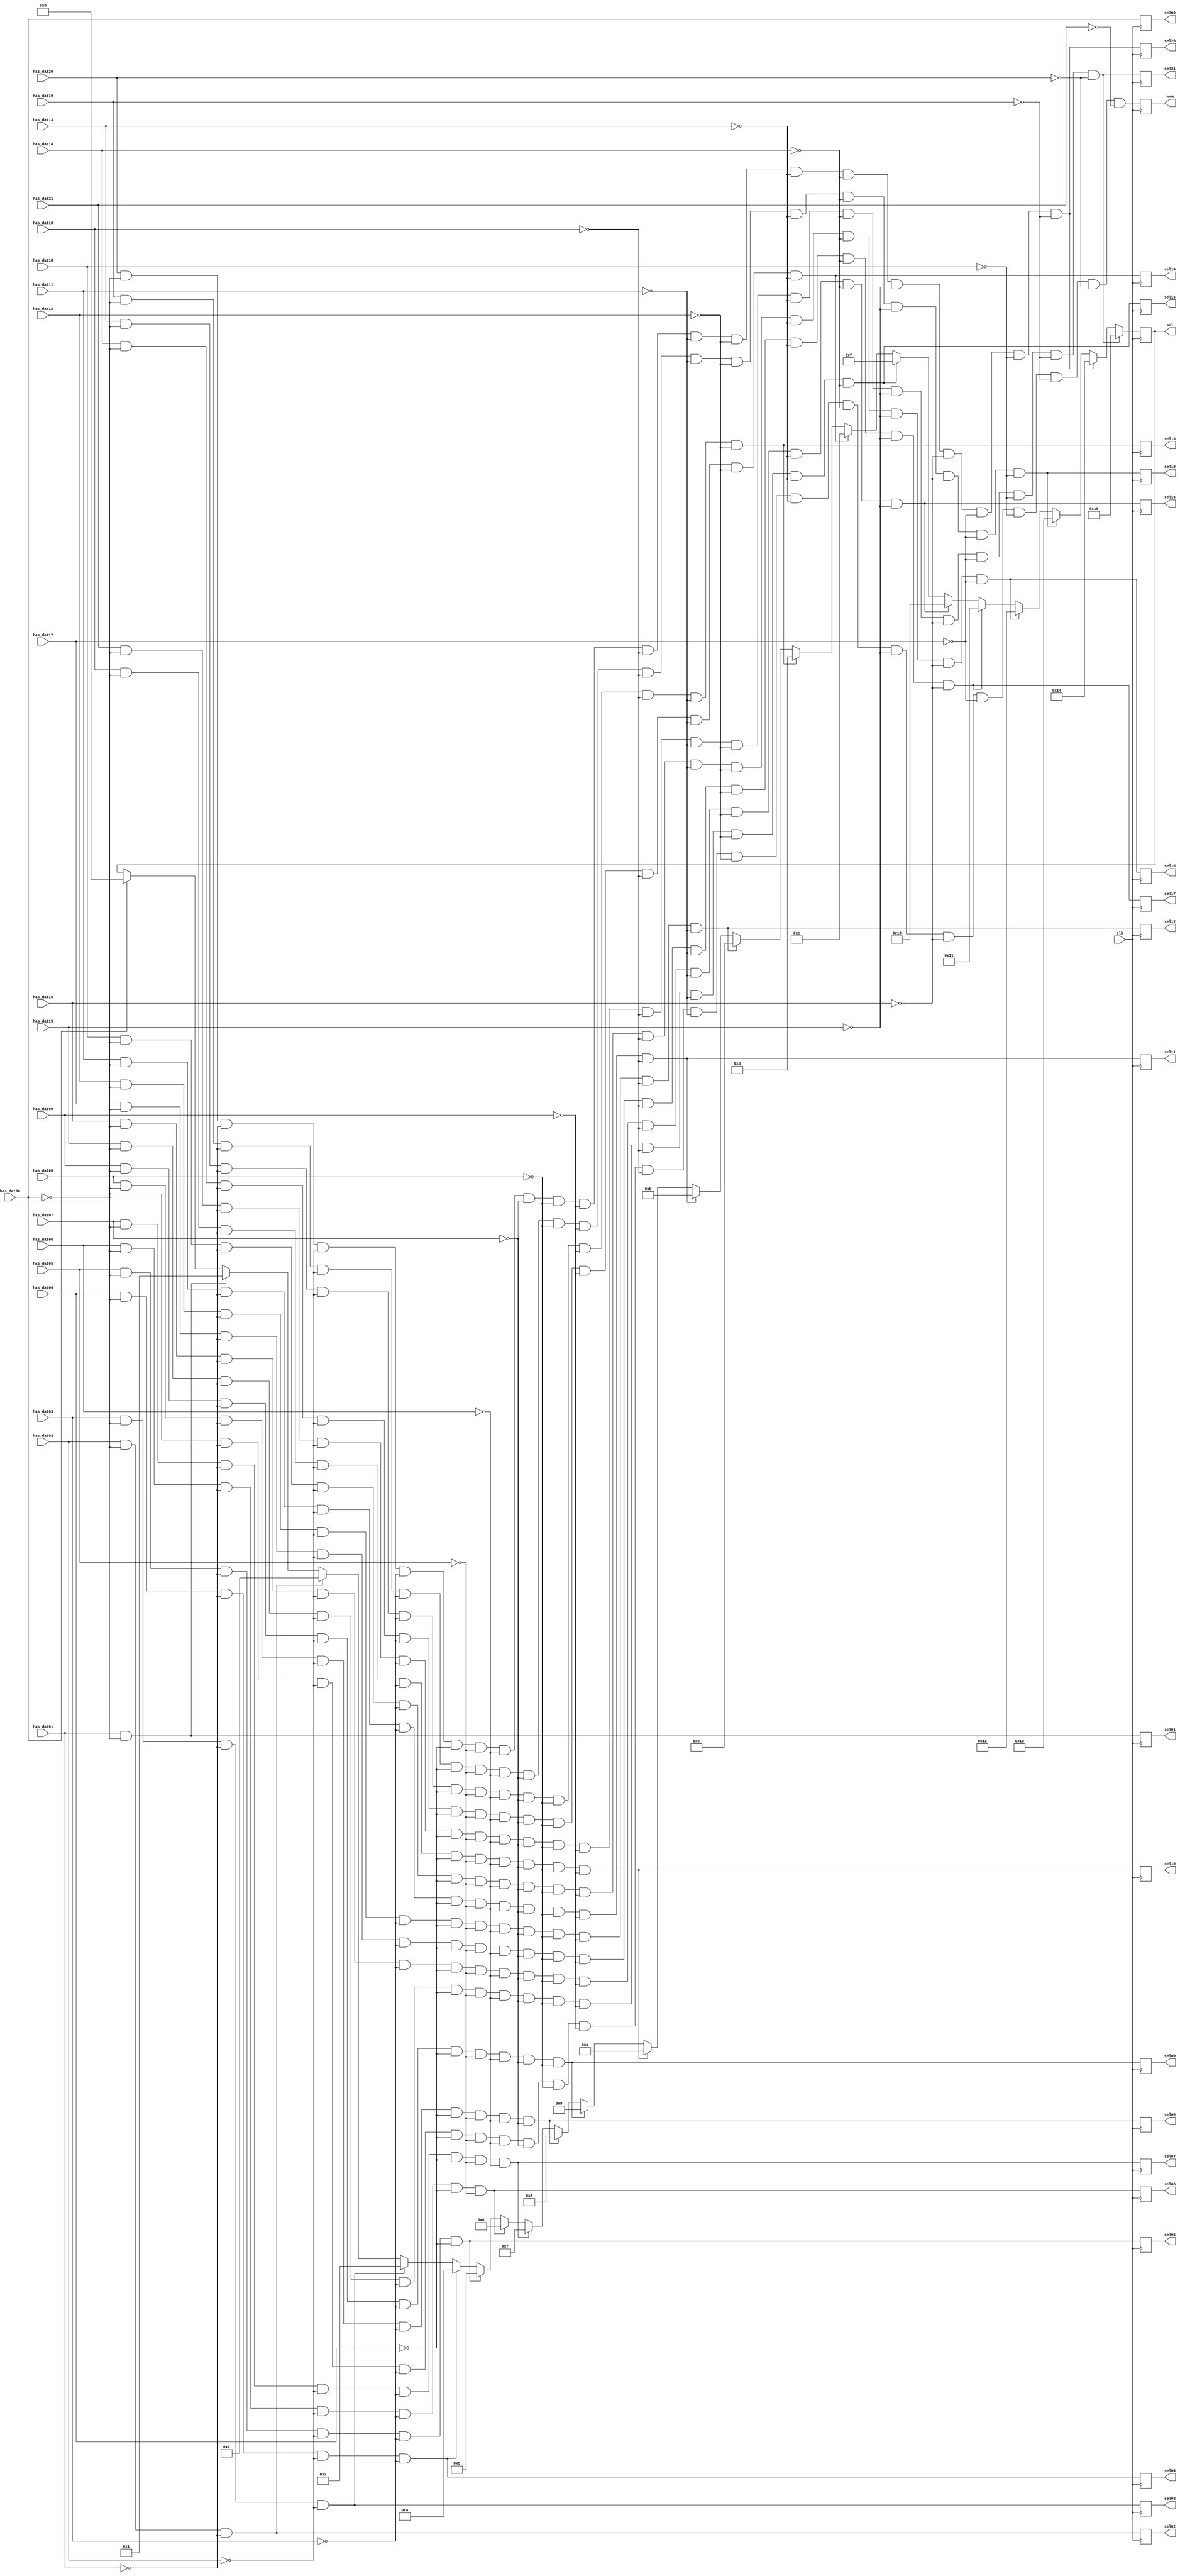
// Priority encoder to choose the next memory block that contains data. It
// skips over empty blocks.

`timescale 1ns / 1ps

module prio_encoder(
    // Inputs:
    input clk,
    input has_dat00,
    input has_dat01,
    input has_dat02,
    input has_dat03,
    input has_dat04,
    input has_dat05,
    input has_dat06,
    input has_dat07,
    input has_dat08,
    input has_dat09,
    input has_dat10,
    input has_dat11,
    input has_dat12,
    input has_dat13,
    input has_dat14,
    input has_dat15,
    input has_dat16,
    input has_dat17,
    input has_dat18,
    input has_dat19,
    input has_dat20,
    input has_dat21,
//    input has_dat22,
    // Outputs:
    output reg sel00,
    output reg sel01,
    output reg sel02,
    output reg sel03,
    output reg sel04,
    output reg sel05,
    output reg sel06,
    output reg sel07,
    output reg sel08,
    output reg sel09,
    output reg sel10,
    output reg sel11,
    output reg sel12,
    output reg sel13,
    output reg sel14,
    output reg sel15,
    output reg sel16,
    output reg sel17,
    output reg sel18,
    output reg sel19,
    output reg sel20,
    output reg sel21,
//    output reg sel22,
    output reg [4:0] sel,   // binary encoded
    output reg none
);

//////////////////////////////////////////////////////////////////////////
// Implement a registered priority encoder
// The '00' input has the highest priority

wire wsel00, wsel01, wsel02, wsel03, wsel04, wsel05, wsel06, wsel07, wsel08, wsel09, wsel10, wsel11, wsel12, wsel13, wsel14, wsel15, wsel16, wsel17, wsel18, wsel19, wsel20, wsel21, wsel22;
assign wsel00 = has_dat00;
assign wsel01 = has_dat01 & !has_dat00;
assign wsel02 = has_dat02 & !has_dat00 & !has_dat01;
assign wsel03 = has_dat03 & !has_dat00 & !has_dat01 & !has_dat02;
assign wsel04 = has_dat04 & !has_dat00 & !has_dat01 & !has_dat02 & !has_dat03;
assign wsel05 = has_dat05 & !has_dat00 & !has_dat01 & !has_dat02 & !has_dat03 & !has_dat04;
assign wsel06 = has_dat06 & !has_dat00 & !has_dat01 & !has_dat02 & !has_dat03 & !has_dat04 & !has_dat05;
assign wsel07 = has_dat07 & !has_dat00 & !has_dat01 & !has_dat02 & !has_dat03 & !has_dat04 & !has_dat05 & !has_dat06;
assign wsel08 = has_dat08 & !has_dat00 & !has_dat01 & !has_dat02 & !has_dat03 & !has_dat04 & !has_dat05 & !has_dat06 & !has_dat07;
assign wsel09 = has_dat09 & !has_dat00 & !has_dat01 & !has_dat02 & !has_dat03 & !has_dat04 & !has_dat05 & !has_dat06 & !has_dat07 & !has_dat08;
assign wsel10 = has_dat10 & !has_dat00 & !has_dat01 & !has_dat02 & !has_dat03 & !has_dat04 & !has_dat05 & !has_dat06 & !has_dat07 & !has_dat08 & !has_dat09;
assign wsel11 = has_dat11 & !has_dat00 & !has_dat01 & !has_dat02 & !has_dat03 & !has_dat04 & !has_dat05 & !has_dat06 & !has_dat07 & !has_dat08 & !has_dat09 & !has_dat10;
assign wsel12 = has_dat12 & !has_dat00 & !has_dat01 & !has_dat02 & !has_dat03 & !has_dat04 & !has_dat05 & !has_dat06 & !has_dat07 & !has_dat08 & !has_dat09 & !has_dat10 & !has_dat11;
assign wsel13 = has_dat13 & !has_dat00 & !has_dat01 & !has_dat02 & !has_dat03 & !has_dat04 & !has_dat05 & !has_dat06 & !has_dat07 & !has_dat08 & !has_dat09 & !has_dat10 & !has_dat11 & !has_dat12;
assign wsel14 = has_dat14 & !has_dat00 & !has_dat01 & !has_dat02 & !has_dat03 & !has_dat04 & !has_dat05 & !has_dat06 & !has_dat07 & !has_dat08 & !has_dat09 & !has_dat10 & !has_dat11 & !has_dat12 & !has_dat13;
assign wsel15 = has_dat15 & !has_dat00 & !has_dat01 & !has_dat02 & !has_dat03 & !has_dat04 & !has_dat05 & !has_dat06 & !has_dat07 & !has_dat08 & !has_dat09 & !has_dat10 & !has_dat11 & !has_dat12 & !has_dat13 & !has_dat14;
assign wsel16 = has_dat16 & !has_dat00 & !has_dat01 & !has_dat02 & !has_dat03 & !has_dat04 & !has_dat05 & !has_dat06 & !has_dat07 & !has_dat08 & !has_dat09 & !has_dat10 & !has_dat11 & !has_dat12 & !has_dat13 & !has_dat14 & !has_dat15;
assign wsel17 = has_dat17 & !has_dat00 & !has_dat01 & !has_dat02 & !has_dat03 & !has_dat04 & !has_dat05 & !has_dat06 & !has_dat07 & !has_dat08 & !has_dat09 & !has_dat10 & !has_dat11 & !has_dat12 & !has_dat13 & !has_dat14 & !has_dat15 & !has_dat16;

assign wsel18 = has_dat18 & !has_dat00 & !has_dat01 & !has_dat02 & !has_dat03 & !has_dat04 & !has_dat05 & !has_dat06 & !has_dat07 & !has_dat08 & !has_dat09 & !has_dat10 & !has_dat11 & !has_dat12 & !has_dat13 & !has_dat14 & !has_dat15 & !has_dat16 & !has_dat17;
assign wsel19 = has_dat19 & !has_dat00 & !has_dat01 & !has_dat02 & !has_dat03 & !has_dat04 & !has_dat05 & !has_dat06 & !has_dat07 & !has_dat08 & !has_dat09 & !has_dat10 & !has_dat11 & !has_dat12 & !has_dat13 & !has_dat14 & !has_dat15 & !has_dat16 & !has_dat17 & !has_dat18;
assign wsel20 = has_dat20 & !has_dat00 & !has_dat01 & !has_dat02 & !has_dat03 & !has_dat04 & !has_dat05 & !has_dat06 & !has_dat07 & !has_dat08 & !has_dat09 & !has_dat10 & !has_dat11 & !has_dat12 & !has_dat13 & !has_dat14 & !has_dat15 & !has_dat16 & !has_dat17 & !has_dat18 & !has_dat19;
assign wsel21 = has_dat21 & !has_dat00 & !has_dat01 & !has_dat02 & !has_dat03 & !has_dat04 & !has_dat05 & !has_dat06 & !has_dat07 & !has_dat08 & !has_dat09 & !has_dat10 & !has_dat11 & !has_dat12 & !has_dat13 & !has_dat14 & !has_dat15 & !has_dat16 & !has_dat17 & !has_dat18 & !has_dat19 & !has_dat20;
//assign wsel22 = has_dat22 & !has_dat00 & !has_dat01 & !has_dat02 & !has_dat03 & !has_dat04 & !has_dat05 & !has_dat06 & !has_dat07 & !has_dat08 & !has_dat09 & !has_dat10 & !has_dat11 & !has_dat12 & !has_dat13 & !has_dat14 & !has_dat15 & !has_dat16 & !has_dat17 & !has_dat18 & !has_dat19 & !has_dat20 & !has_dat21;


always @ (posedge clk) begin
    sel00 <= wsel00;
    sel01 <= wsel01;
    sel02 <= wsel02;
    sel03 <= wsel03;
    sel04 <= wsel04;
    sel05 <= wsel05;
    sel06 <= wsel06;
    sel07 <= wsel07;
    sel08 <= wsel08;
    sel09 <= wsel09;
    sel10 <= wsel10;
    sel11 <= wsel11;
    sel12 <= wsel12;
    sel13 <= wsel13;
    sel14 <= wsel14;
    sel15 <= wsel15;
    sel16 <= wsel16;
    sel17 <= wsel17;
    sel18 <= wsel18;
    sel19 <= wsel19;
    sel20 <= wsel20;
    sel21 <= wsel21;
//    sel22 <= wsel22;
   // assert 'none' when all inputs are false
    none <= !has_dat00 & !has_dat01 & !has_dat02 & !has_dat03 & !has_dat04 & !has_dat05 & !has_dat06 & !has_dat07 & !has_dat08 & !has_dat09 &
            !has_dat10 & !has_dat11 & !has_dat12 & !has_dat13 & !has_dat14 & !has_dat15 & !has_dat16 & !has_dat17 & !has_dat18 & !has_dat19 &
            !has_dat20 & !has_dat21;// & !has_dat22;
end 

//////////////////////////////////////////////////////////////////////////
// Implement an 2:5 encoder. The final mux that combines the memory streams
// works better with with an encoded select as compared to individual select signals.
always @ (posedge clk) begin
    if (wsel00) sel <= 5'b00000;
    if (wsel01) sel <= 5'b00001;
    if (wsel02) sel <= 5'b00010;
    if (wsel03) sel <= 5'b00011;
    if (wsel04) sel <= 5'b00100;
    if (wsel05) sel <= 5'b00101;
    if (wsel06) sel <= 5'b00110;
    if (wsel07) sel <= 5'b00111;
    if (wsel08) sel <= 5'b01000;
    if (wsel09) sel <= 5'b01001;
    if (wsel10) sel <= 5'b01010;
    if (wsel11) sel <= 5'b01011;
    if (wsel12) sel <= 5'b01100;
    if (wsel13) sel <= 5'b01101;
    if (wsel14) sel <= 5'b01110;
    if (wsel15) sel <= 5'b01111;
    if (wsel16) sel <= 5'b10000;
    if (wsel17) sel <= 5'b10001;
    if (wsel18) sel <= 5'b10010;
    if (wsel19) sel <= 5'b10011;
    if (wsel20) sel <= 5'b10100;
    if (wsel21) sel <= 5'b10101;
//    if (wsel22) sel <= 5'b10110;
end
           
endmodule